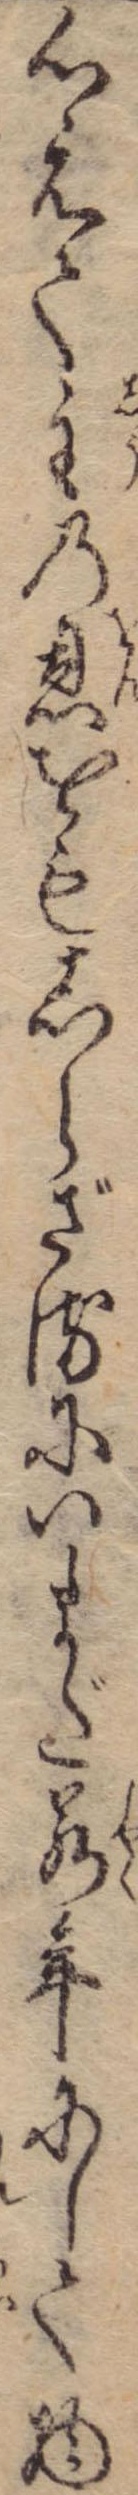
心えて主の恩をもしらざるにいまだ若年にして物